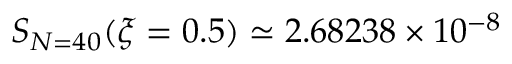
S _ { N = 4 0 } ( \xi = 0 . 5 ) \simeq 2 . 6 8 2 3 8 \times 1 0 ^ { - 8 }